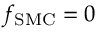
f _ { \mathrm { S M C } } = 0